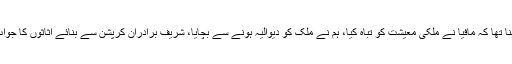
وزیراعظم کا کہنا تھا کہ مافیا نے ملکی معیشت کو تباہ کیا، ہم نے ملک کو دیوالیہ ہونے سے بچایا، شریف برادران کرپشن سے بنائے اثاثوں کا جواب نہیں دے سکا۔